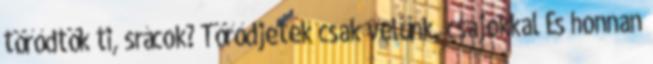
törődtök ti, srácok? Törődjetek csak velünk, csajokkal És honnan